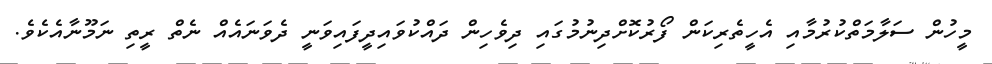
މީހުން ސަލާމަތްކުރުމާއި އެހީތެރިކަން ފޯރުކޮށްދިނުމުގައި ދިވެހިން ދައްކުވައިދީފައިވަނީ ދެވަނައެއް ނެތް ރީތި ނަމޫނާއެކެވެ.